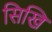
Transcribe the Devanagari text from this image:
सिखि